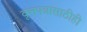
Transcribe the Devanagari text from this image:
वृत्तपत्रासाठीही